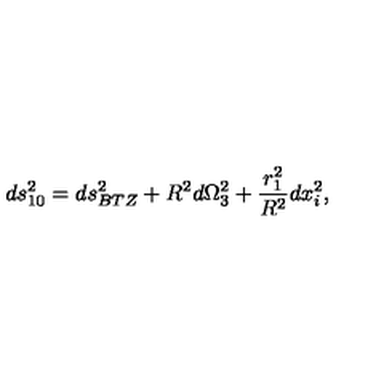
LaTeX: d s _ { 1 0 } ^ { 2 } = d s _ { B T Z } ^ { 2 } + R ^ { 2 } d \Omega _ { 3 } ^ { 2 } + { \frac { r _ { 1 } ^ { 2 } } { R ^ { 2 } } } d x _ { i } ^ { 2 } ,